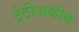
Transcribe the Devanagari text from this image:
ट्रेटीअकोव